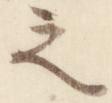
之